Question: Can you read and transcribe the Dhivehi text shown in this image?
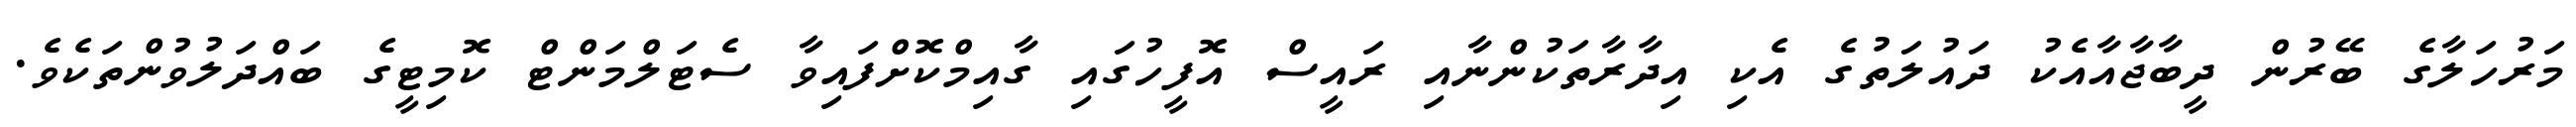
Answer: މަރުހަލާގެ ބޭރުން ދީބާޖާއާއެކު ދައުލަތުގެ އެކި އިދާރާތަކުންނާއި ރައީސް އޮފީހުގައި ގާއިމްކޮށްފައިވާ ސެޓަލްމަންޓް ކޮމިޓީގެ ބައްދަލުވުންތަކެވެ.